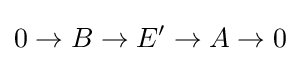
0\to B\to E'\to A\to 0